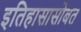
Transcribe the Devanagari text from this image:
इतिहासासोबत